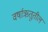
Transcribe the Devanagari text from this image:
वर्षाऋतूतील